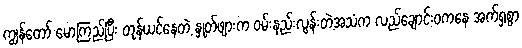
ကျွန်တော် မော့ကြည့်ပြီး တုန်ယင်နေတဲ့ နှုတ်ဖျားက ဝမ်းနည်းလွန်းတဲ့အသံက လည်ချောင်းဝကနေ အက်ရှစွာ